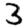
Digit: 3